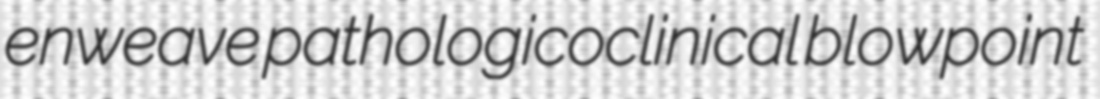
enweave pathologicoclinical blowpoint